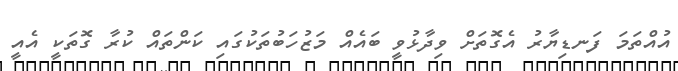
އުއްތަމަ ފަނޑިޔާރު އެގޮތަށް ވިދާޅުވީ ބައެއް މަޒުހަބުތަކުގައި ކަންތައް ކުރާ ގޮތަކީ އެއީ